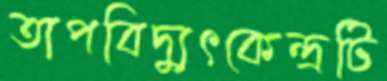
তাপবিদ্যুৎকেন্দ্রটি